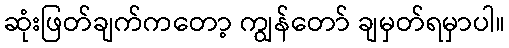
ဆုံးဖြတ်ချက်ကတော့ ကျွန်တော် ချမှတ်ရမှာပါ။